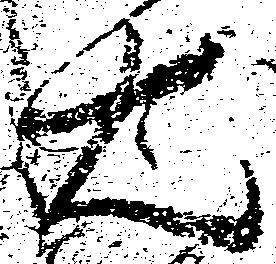
右